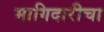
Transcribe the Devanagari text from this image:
भागिदारीचा